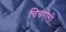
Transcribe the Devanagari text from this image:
चिचरोली